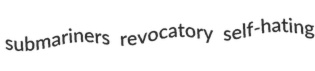
submariners revocatory self-hating